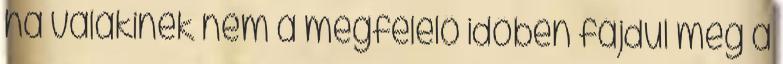
ha valakinek nem a megfelelő időben fájdul meg a